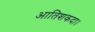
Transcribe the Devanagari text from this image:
आतिशकदा।